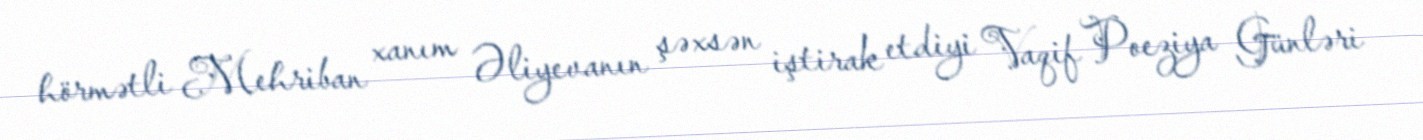
hörmətli Mehriban xanım Əliyevanın şəxsən iştirak etdiyi Vaqif Poeziya Günləri